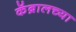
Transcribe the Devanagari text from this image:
कॅब्रालच्या